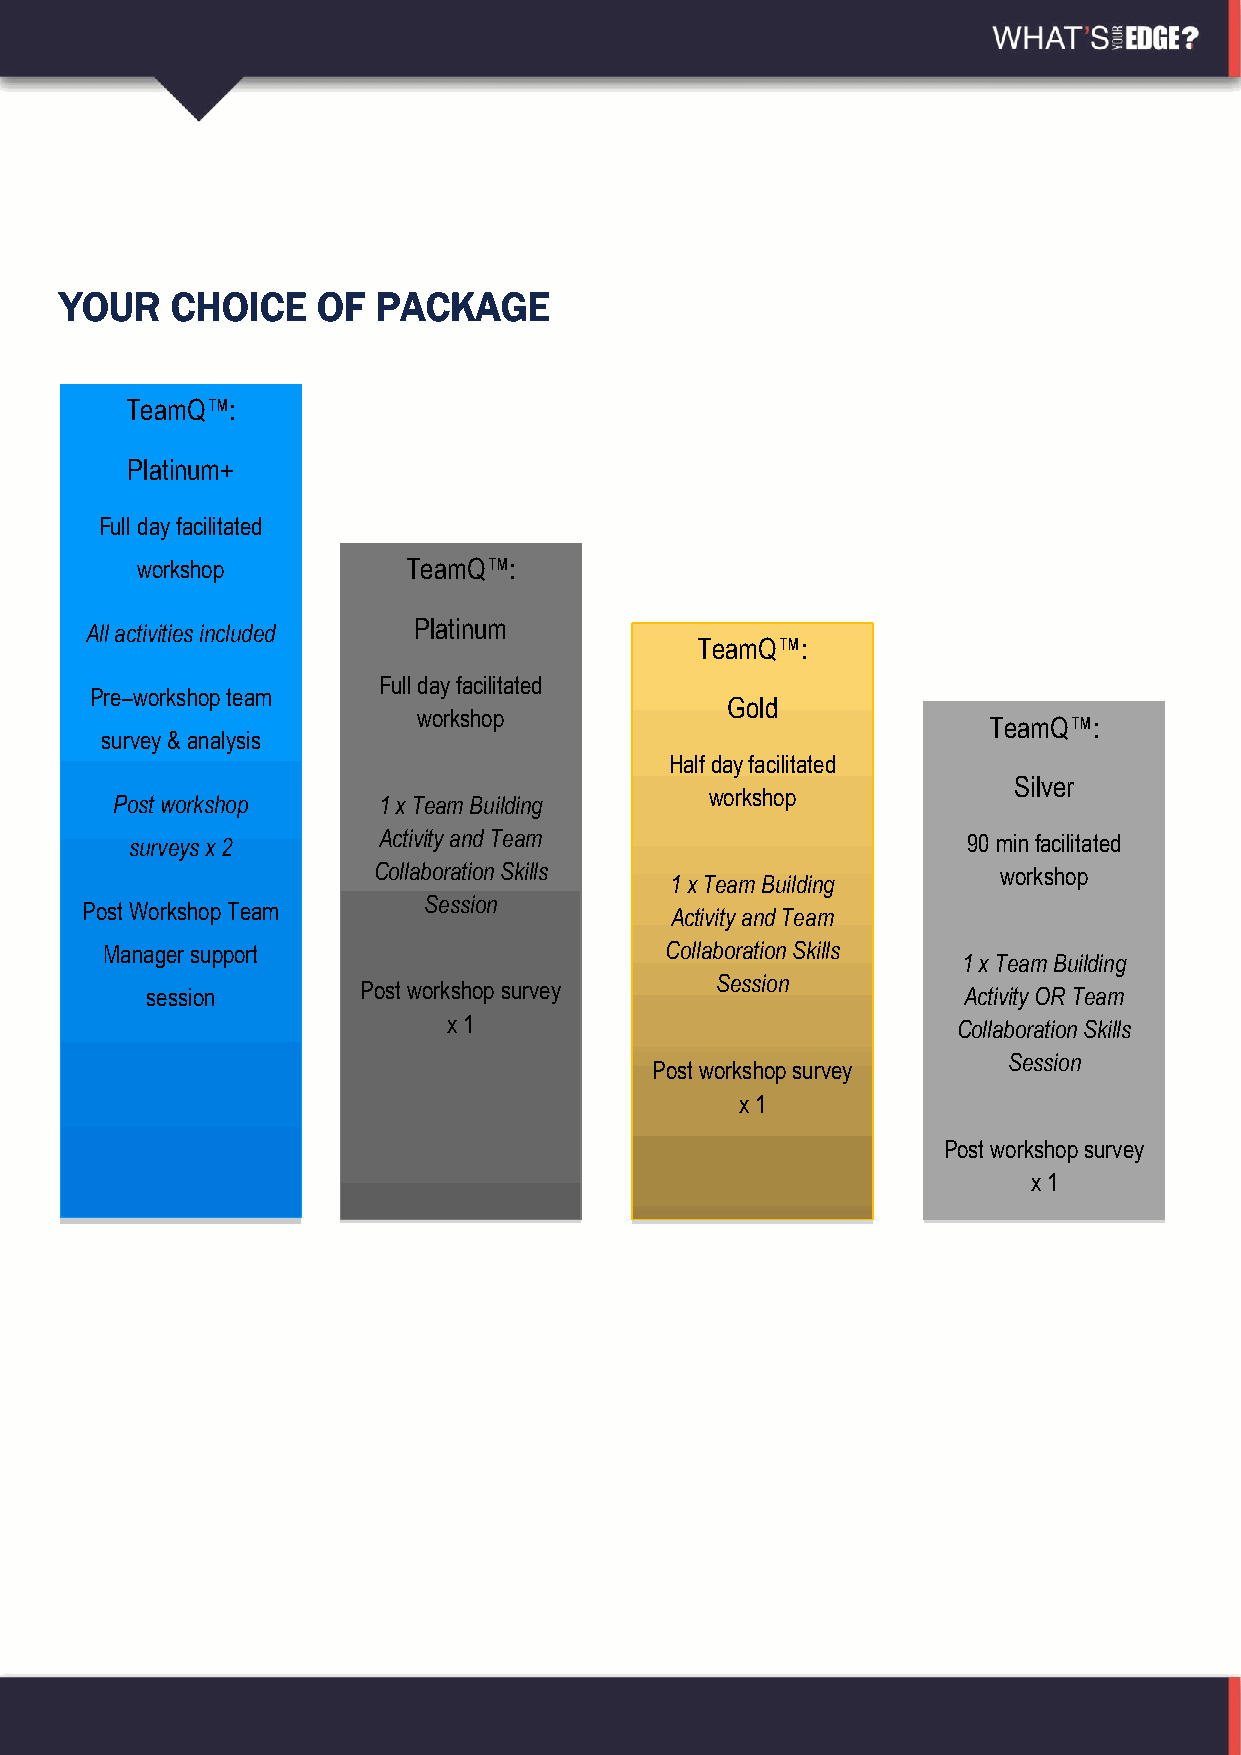
YOUR   CHOICE    OF  PACKAGE
 TeamQ™:
 Platinum+
 Full day facilitated
 workshop          TeamQ™:
 Platinum
 All activities included
 TeamQ™:
 Full day facilitated
 Pre–workshop team
 Gold
 workshop
 TeamQ™:
 survey & analysis
 Half day facilitated
 Silver
 workshop
 Post workshop     1 x Team Building
 surveys x 2     Activity and Team                      90 min facilitated
 Collaboration Skills                     workshop
 1 x Team Building
 Post Workshop Team
 Session
 Activity and Team
 Manager support                      Collaboration Skills
 1 x Team Building
 Session
 session       Post workshop survey                    Activity OR Team
 x 1                              Collaboration Skills
 Session
 Post workshop survey
 x 1
 Post workshop survey
 x 1